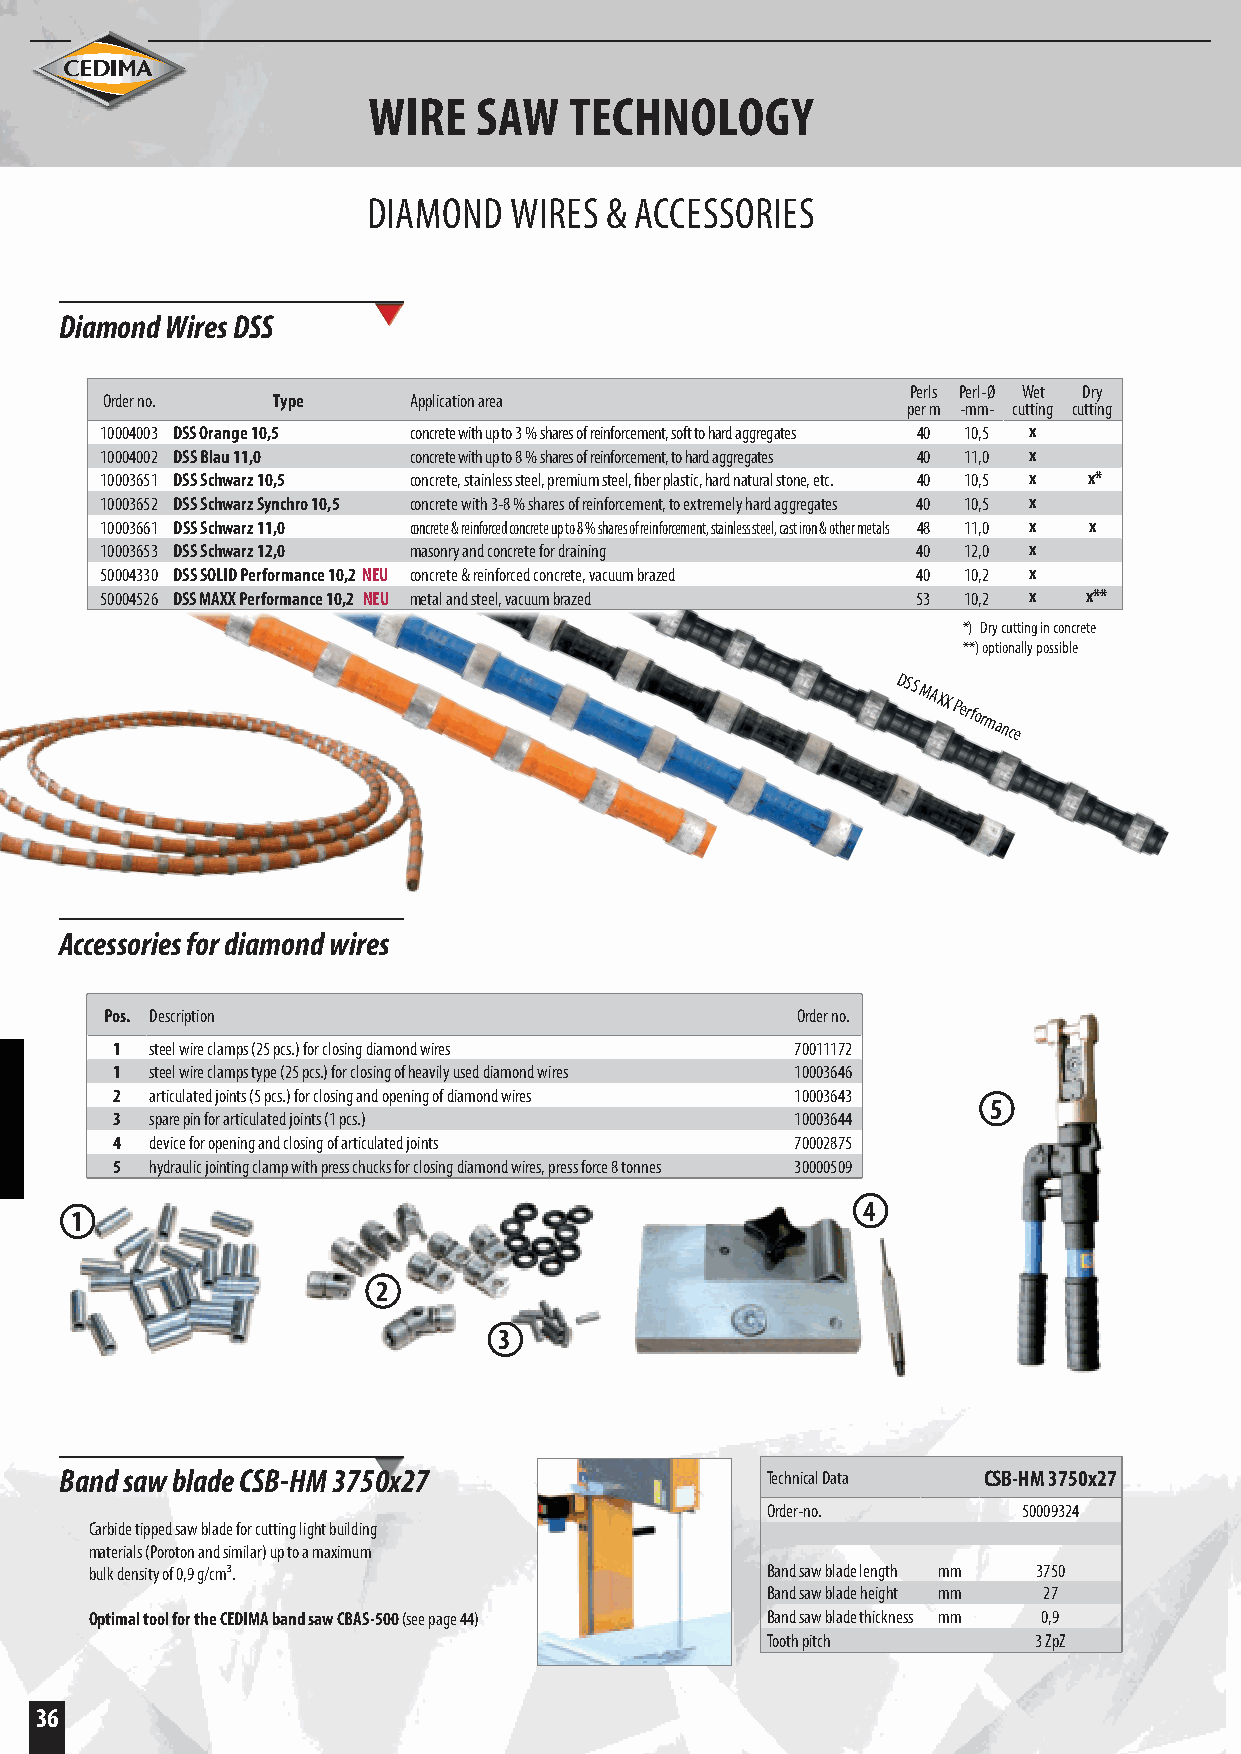
WIRE   SAW    TECHNOLOGY
 DIAMOND   WIRES & ACCESSORIES
 Diamond Wires DSS
 Perls Perl-Ø Wet Dry
 Order no.  Type     Application area
 per m -mm- cutting cutting
 10004003 DSS Orange 10,5 concrete with up to 3 % shares of reinforcement, soft to hard aggregates 40 10,5 x
 10004002 DSS Blau 11,0 concrete with up to 8 % shares of reinforcement, to hard aggregates 40 11,0 x
 10003651 DSS Schwarz 10,5 concrete, stainless steel, premium steel, fiber plastic, hard natural stone, etc. 40 10,5 x x*
 10003652 DSS Schwarz Synchro 10,5 concrete with 3-8 % shares of reinforcement, to extremely hard aggregates 40 10,5 x
 10003661 DSS Schwarz 11,0 concrete & reinforced concrete up to 8 % shares of reinforcement, stainless steel, cast iron & other metals 48 11,0 x x
 10003653 DSS Schwarz 12,0 masonry and concrete for draining 40 12,0 x
 50004330 DSS SOLID Performance 10,2 NEU concrete & reinforced concrete, vacuum brazed 40 10,2 x
 50004526 DSS MAXX Performance 10,2 NEU metal and steel, vacuum brazed 53 10,2 x x**
 *) Dry cutting in concrete
 **) optionally possible
 DSS
 MAXX
 Performance
 Accessories for diamond wires
 Pos. Description                              Order no.
 1  steel wire clamps (25 pcs.) for closing diamond wires 70011172
 1  steel wire clamps type (25 pcs.) for closing of heavily used diamond wires 10003646
 2  articulated joints (5 pcs.) for closing and opening of diamond wires 10003643
 5
 3  spare pin for articulated joints (1 pcs.)  10003644
 4  device for opening and closing of articulated joints 70002875
 5  hydraulic jointing clamp with press chucks for closing diamond wires, press force 8 tonnes 30000509
 4
 1
 2
 3
 Band saw blade CSB-HM 3750x27                  Technical Data CSB-HM 3750x27
 Order-no.        50009324
 Carbide tipped saw blade for cutting light building
 materials (Poroton and similar) up to a maximum
 bulk density of 0,9 g/cm³.                   Band saw blade length mm 3750
 Band saw blade height mm 27
 Optimal tool for the CEDIMA band saw CBAS-500 (see page 44) Band saw blade thickness mm 0,9
 Tooth pitch      3 ZpZ
 36